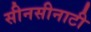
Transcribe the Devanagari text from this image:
सीनसीनाटी